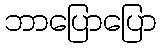
ဘာပြောပြော